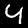
Digit: 4